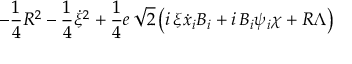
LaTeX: - \frac { 1 } { 4 } R ^ { 2 } - \frac { 1 } { 4 } \dot { \xi } ^ { 2 } + \frac { 1 } { 4 } e \, \sqrt { 2 } \left( i \, \xi \dot { x } _ { i } { \cal { B } } _ { i } + i \, { \cal { B } } _ { i } \psi _ { i } \chi + R \Lambda \right)